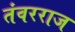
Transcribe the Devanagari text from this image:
तंवरराज